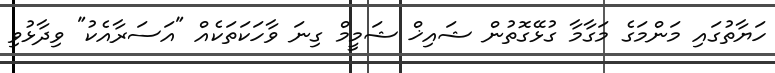
ހަޔާތުގައި މަންމަގެ މަގާމާ ގުޅޭގޮތުން ޝައިޚް ޝަމީމް ގިނަ ވާހަކަތަކެއް "އަސަރާއެކު" ވިދާޅުވި